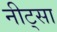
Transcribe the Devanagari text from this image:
नीट्सा